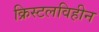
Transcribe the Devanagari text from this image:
क्रिस्टलविहीन